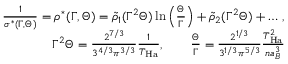
\begin{array} { r l r } & { } & { \frac { 1 } { \sigma ^ { * } ( \Gamma , \Theta ) } = \rho ^ { * } ( \Gamma , \Theta ) = \tilde { \rho } _ { 1 } ( \Gamma ^ { 2 } \Theta ) \ln \left( \frac { \Theta } { \Gamma } \right) + \tilde { \rho } _ { 2 } ( \Gamma ^ { 2 } \Theta ) + \dots \, , } \\ & { } & { \Gamma ^ { 2 } \Theta = \frac { 2 ^ { 7 / 3 } } { 3 ^ { 4 / 3 } \pi ^ { 3 / 3 } } \frac { 1 } { T _ { \mathrm { H a } } } , \qquad \frac { \Theta } { \Gamma } = \frac { 2 ^ { 1 / 3 } } { 3 ^ { 1 / 3 } \pi ^ { 5 / 3 } } \frac { T _ { \mathrm { H a } } ^ { 2 } } { n a _ { B } ^ { 3 } } } \end{array}